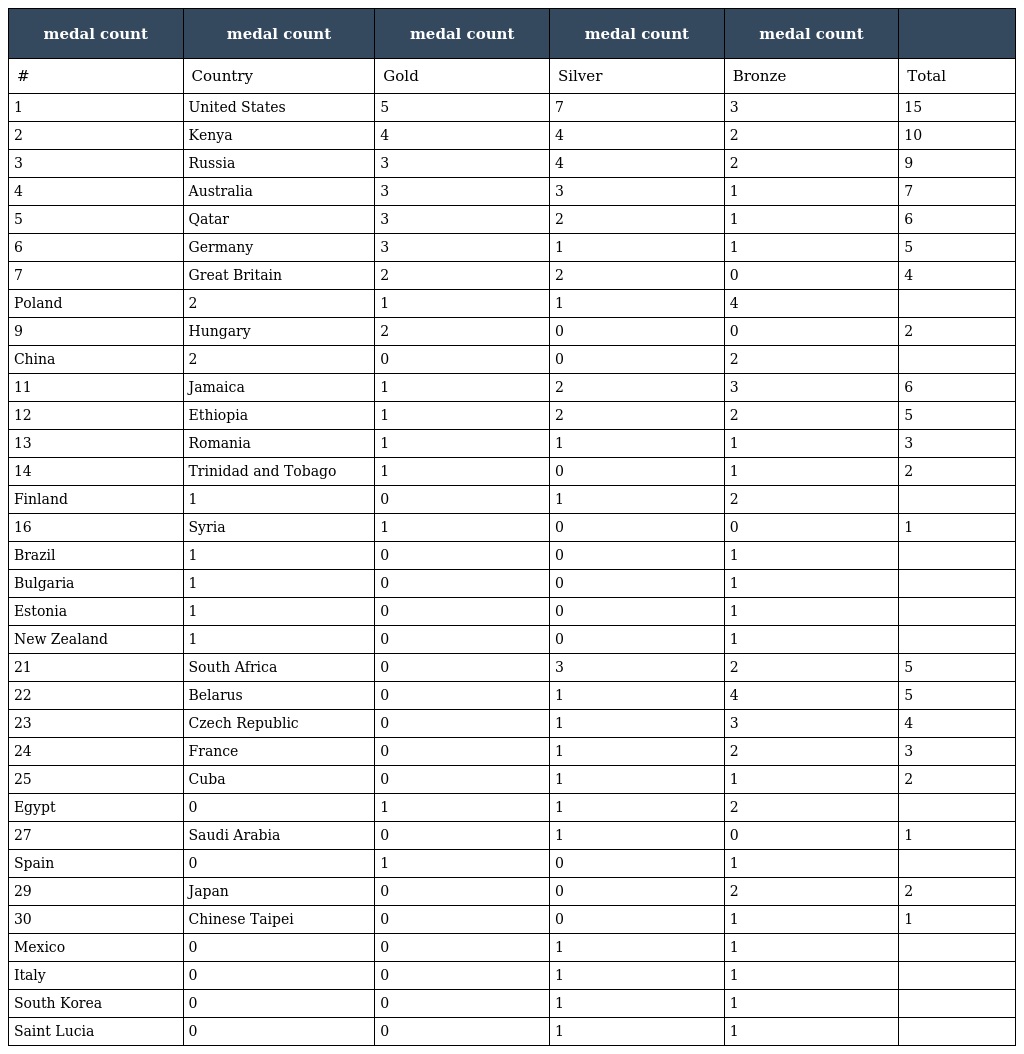
| medal count | medal count | medal count | medal count | medal count |  |
 | --- | --- | --- | --- | --- | --- |
 | # | Country | Gold | Silver | Bronze | Total |
 | 1 | United States | 5 | 7 | 3 | 15 |
 | 2 | Kenya | 4 | 4 | 2 | 10 |
 | 3 | Russia | 3 | 4 | 2 | 9 |
 | 4 | Australia | 3 | 3 | 1 | 7 |
 | 5 | Qatar | 3 | 2 | 1 | 6 |
 | 6 | Germany | 3 | 1 | 1 | 5 |
 | 7 | Great Britain | 2 | 2 | 0 | 4 |
 | Poland | 2 | 1 | 1 | 4 |  |
 | 9 | Hungary | 2 | 0 | 0 | 2 |
 | China | 2 | 0 | 0 | 2 |  |
 | 11 | Jamaica | 1 | 2 | 3 | 6 |
 | 12 | Ethiopia | 1 | 2 | 2 | 5 |
 | 13 | Romania | 1 | 1 | 1 | 3 |
 | 14 | Trinidad and Tobago | 1 | 0 | 1 | 2 |
 | Finland | 1 | 0 | 1 | 2 |  |
 | 16 | Syria | 1 | 0 | 0 | 1 |
 | Brazil | 1 | 0 | 0 | 1 |  |
 | Bulgaria | 1 | 0 | 0 | 1 |  |
 | Estonia | 1 | 0 | 0 | 1 |  |
 | New Zealand | 1 | 0 | 0 | 1 |  |
 | 21 | South Africa | 0 | 3 | 2 | 5 |
 | 22 | Belarus | 0 | 1 | 4 | 5 |
 | 23 | Czech Republic | 0 | 1 | 3 | 4 |
 | 24 | France | 0 | 1 | 2 | 3 |
 | 25 | Cuba | 0 | 1 | 1 | 2 |
 | Egypt | 0 | 1 | 1 | 2 |  |
 | 27 | Saudi Arabia | 0 | 1 | 0 | 1 |
 | Spain | 0 | 1 | 0 | 1 |  |
 | 29 | Japan | 0 | 0 | 2 | 2 |
 | 30 | Chinese Taipei | 0 | 0 | 1 | 1 |
 | Mexico | 0 | 0 | 1 | 1 |  |
 | Italy | 0 | 0 | 1 | 1 |  |
 | South Korea | 0 | 0 | 1 | 1 |  |
 | Saint Lucia | 0 | 0 | 1 | 1 |  |